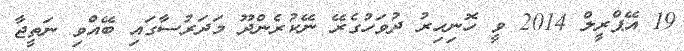
19 އޭޕްރީލް 2014 ވީ ހޮނިހިރު ދުވަހުގެރޭ ނޭކުރެންދޫ މަދަރުސާގައި ބޭއްވި ނަތީޖާ